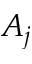
A _ { j }